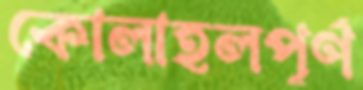
কোলাহলপূর্ণ